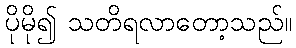
ပိုမို၍ သတိရလာတော့သည်။